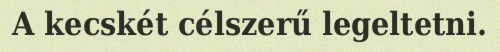
A kecskét célszerű legeltetni.